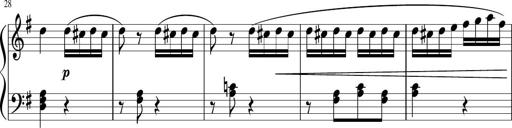
Title: 6 Progressive Sonatinas
Composer: Johann Anton AndrÃ©